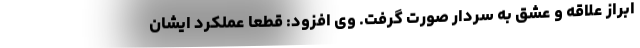
ابراز علاقه و عشق به سردار صورت گرفت. وی افزود: قطعا عملکرد ایشان